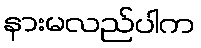
နားမလည်ပါက